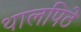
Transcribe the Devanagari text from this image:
थालपिठे